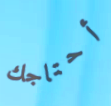
أحتاجك